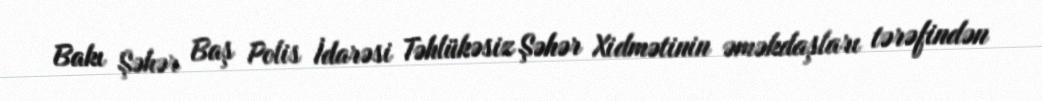
Bakı Şəhər Baş Polis İdarəsi Təhlükəsiz Şəhər Xidmətinin əməkdaşları tərəfindən